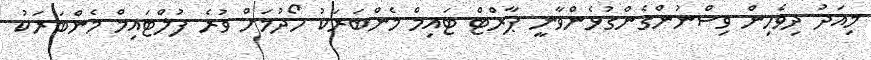
މިއަދު ދިވެހިން ވިސްނުންގެންގުޅެންވާނީ ޕާރްޓް ޓައިމް މެންބަރަކު ހޯދުމަށް ވުރެ ފުލްޓައިމް މެންބަރަކު